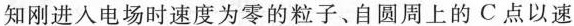
知刚进入电场时速度为零的粒子、自圆周上的C点以速